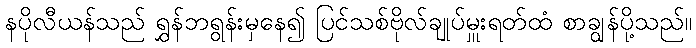
နပိုလီယန်သည် ရွှန်ဘရွန်းမှနေ၍ ပြင်သစ်ဗိုလ်ချုပ်မှူးရတ်ထံ စာချွန်ပို့သည်။